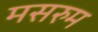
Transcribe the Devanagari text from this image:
मसरुम